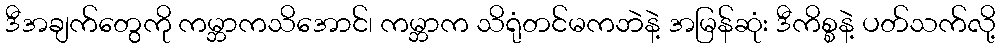
ဒီအချက်တွေကို ကမ္ဘာကသိအောင်၊ ကမ္ဘာက သိရုံတင်မကဘဲနဲ့ အမြန်ဆုံး ဒီကိစ္စနဲ့ ပတ်သက်လို့